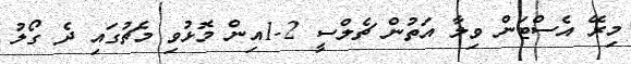
މިރޭ އެސްޓަން ވިލާ އަތުން ޗެލްސީ 2-1އިން މޮޅުވި މެޗުގައި ދެ ގޯލު